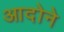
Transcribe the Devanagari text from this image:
आदोने